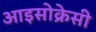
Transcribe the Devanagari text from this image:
आइसोक्रेसी